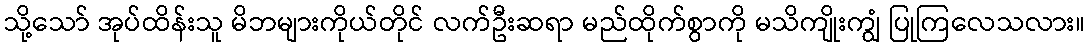
သို့သော် အုပ်ထိန်းသူ မိဘများကိုယ်တိုင် လက်ဦးဆရာ မည်ထိုက်စွာကို မသိကျိုးကျွံ ပြုကြလေသလား။